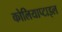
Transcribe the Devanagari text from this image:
कोलियाप्टाइल